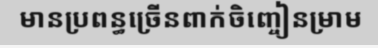
មានប្រពន្ធច្រើនពាក់ចិញ្ចៀនម្រាម